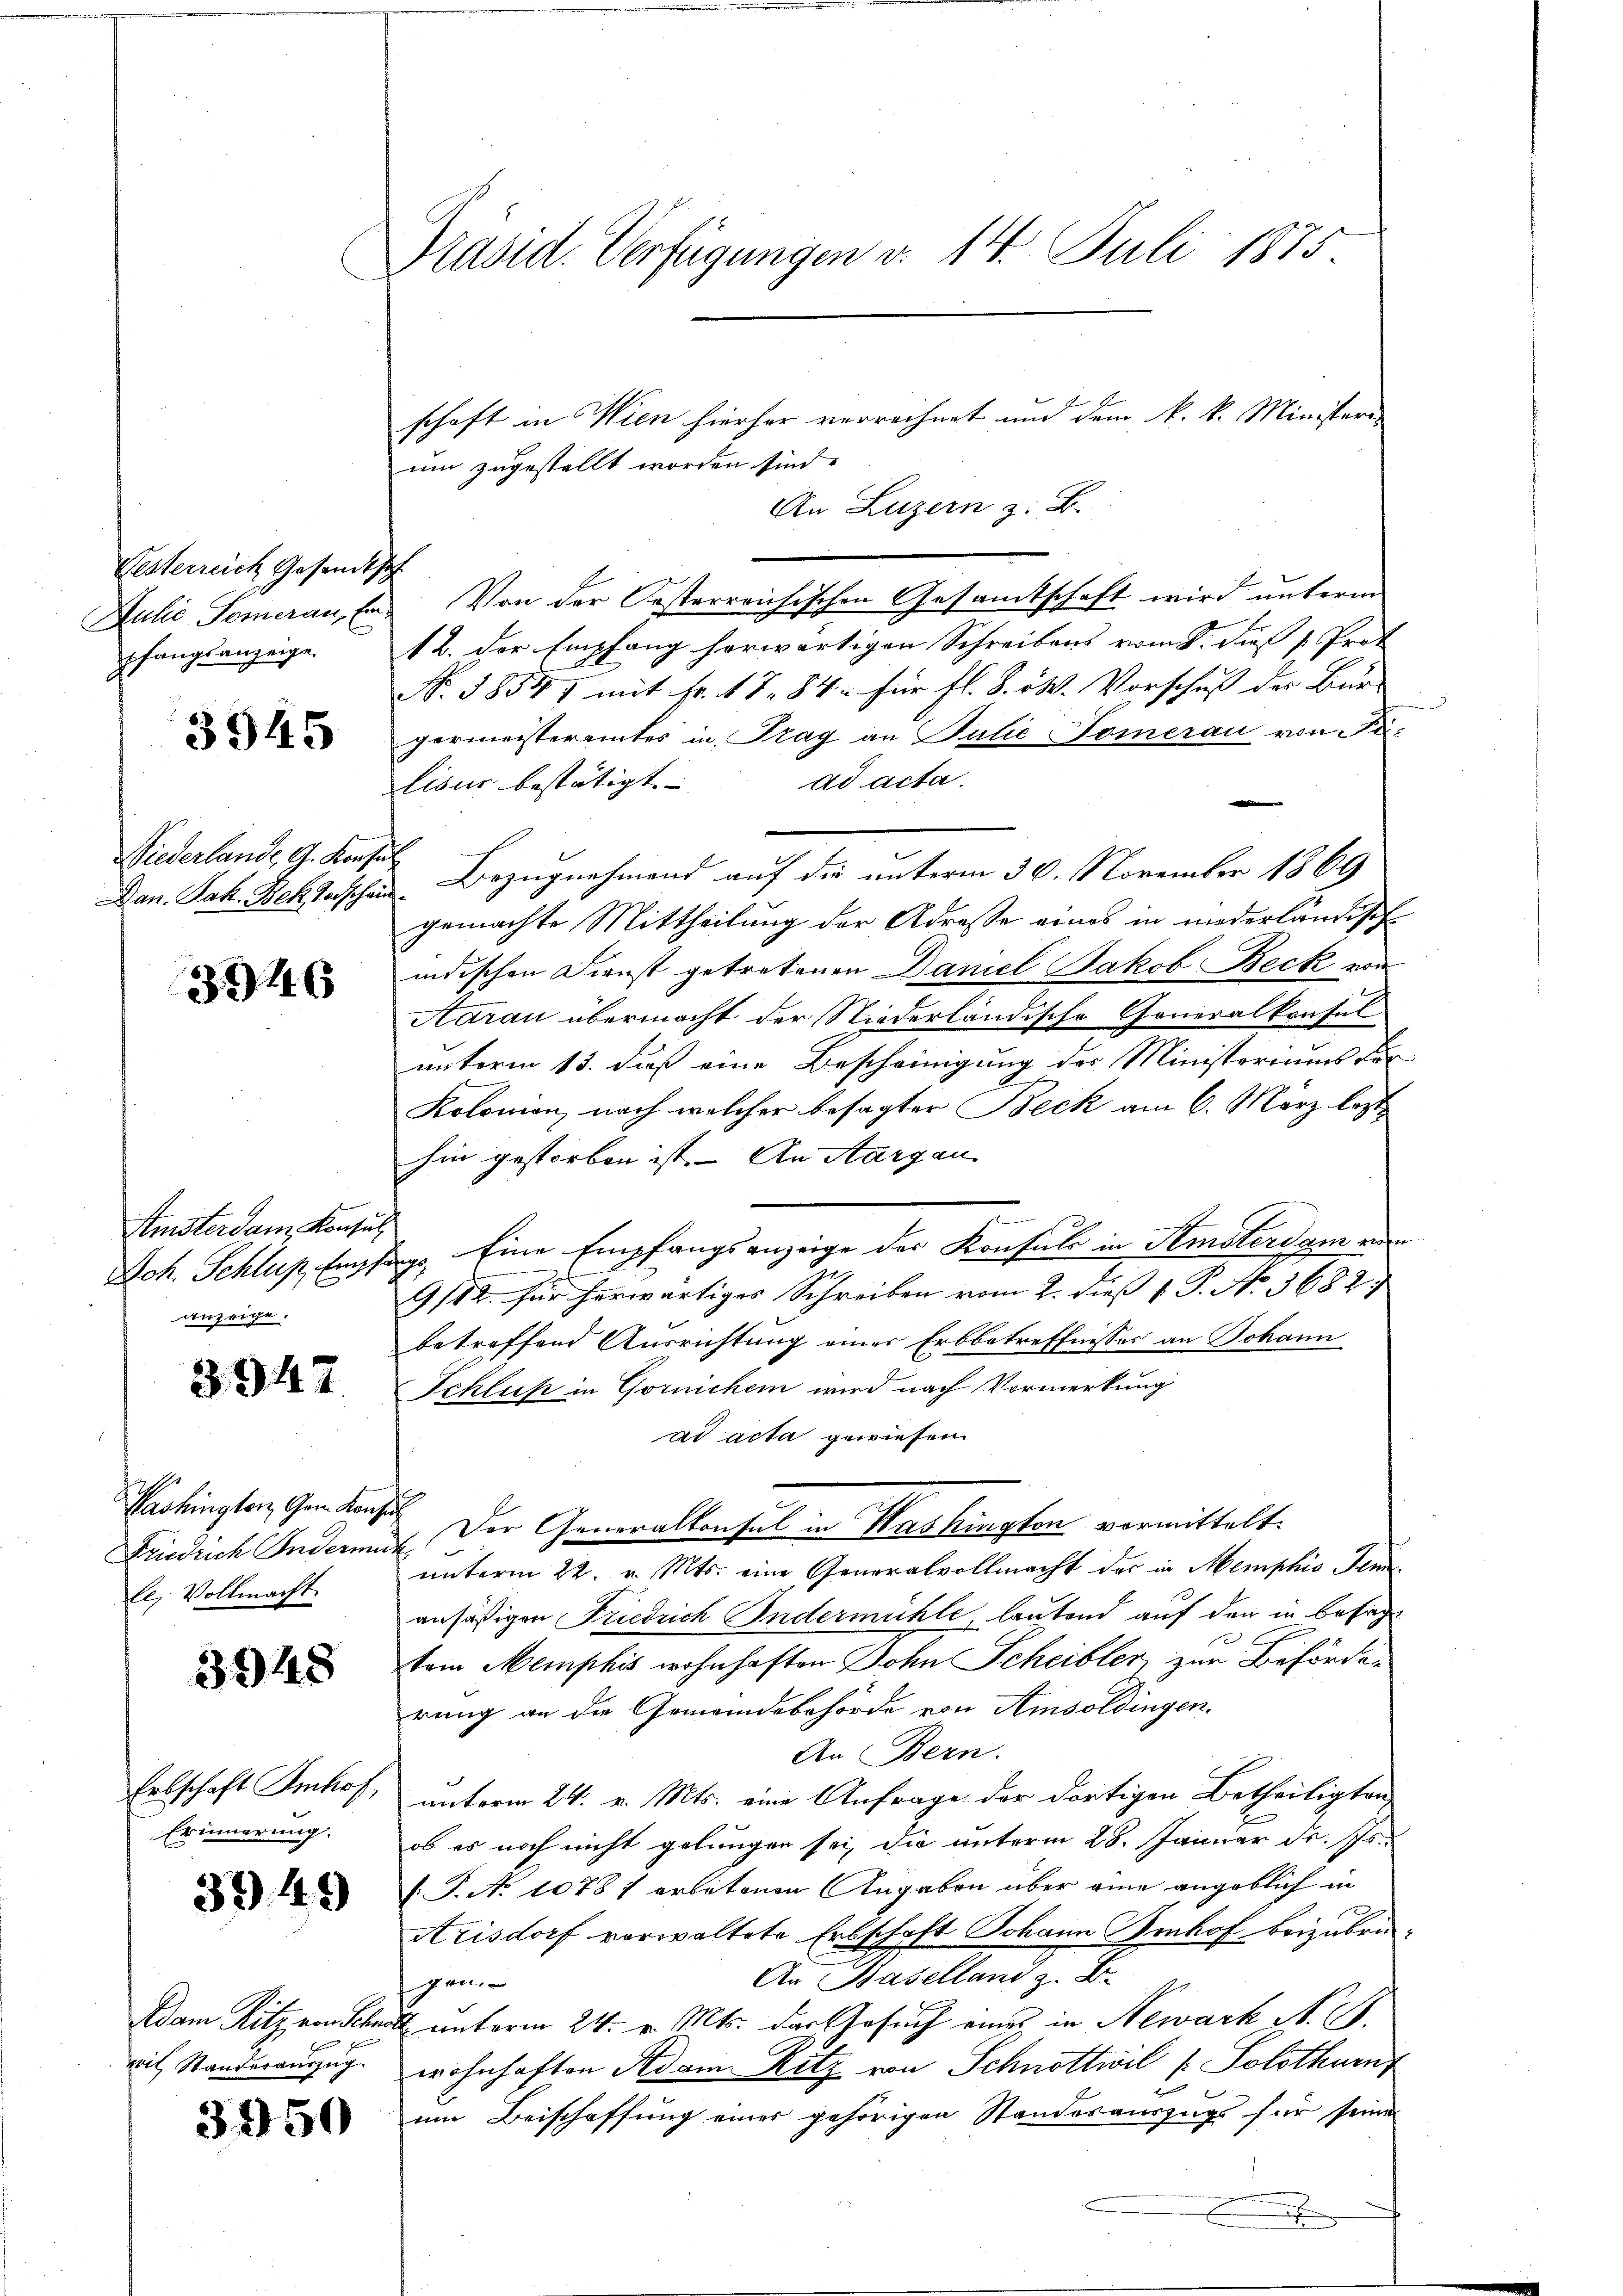
Festerreich Gesandts¬
Julie Somerau, Er
pfangsanzeige.

3945

Niederlande G. Konse

3946

Amsterdanz Konsul
anzeige.

3947

Pashingtorz, Gam Konz
Friedrich Indermut
le, Vollmacht.

3948

Erbschaft Imhof,
Erinnerung.

3949

Adam Ritz ein Schen
wil Standerauszug.

3950

Präsid. Verfügungen v. 14. Juli 1875

schaft in Wien hierher verrechnet und dem k. k. Ministeri-
um zugestellt worden sind.
An Luzern z. B.
¬
Von der Oesterreichischen Gesamtschaft wird unterm
12. der Empfang herwärtigen Schreibens vom 8. dieß s. Prot
No. 58541 mit Fr. 17. 84 für fl. S. 54. Vorschuß der Bur-
germeisteramtes in Prag an Julie Tomerau von Pa-
ad acta.
lisus bestätigt |
¬
Dan. Jak. Bekterschen Bezugnahmend auf die unterm 30. November 1869
gemachte Mittheilung der Adresse eines in niederländisch
indischen Dienst getretenen Daniel Jakob Beck von
Aarau übermacht der Niederländische Goneralkonsul
unterm 13. daß eine Bescheinigung des Ministoriums für
Kolonion, nach welcher besagter Beck am 6. März lezt
hin gestorben ist. – An Aargau
Joh. Schluß, Empfangs Eine Empfangsanzeige der Konsule in Amsterdam von
2
9/12. für herwärtiges Schreiben vom 2. dieß P. No. 3682.
betreffend Ausrichtung eines Erbbetreffnisses an Johann
Schluß in Garnichen wird nach Vormerkung
ad acta gewiesen
. Der Generalkonsul in Washington vormittelt.
unterm 22. v. Mts. eine Generalvollmacht der in Memphio Senansäßigen Friedrich Indermühle, lautend auf den in besagt
tem Memphis wohnhaften Sohn Scheibler zur Beförderung an die Gemeindebehörde von Amsoldingen.
An Bern.
unterm 24. v. Mts. eine Anfrage der dortigen Betheiligten
ob es noch nicht gelungen sei, die unterm 28. Januar dr. Pr.
T. No 10787 arbetenen Angaben über eine angeblich in
Arisdorf vorwaltete Erbschaft Johann Imhof beizubrin¬
An Baselland z. B.
gen
all unterm 24. v. Mts. der Gesuch eines in Newark N. S.
wohnhaften Adam Ritz von Schnottwil (Solothurn
um Beischaffung einer gehörigen Standesauszugs für seine
h